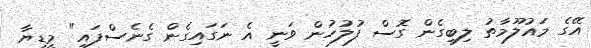
އޭގެ މައުލޫމާތު ލިބިގެން ގޮސް ފުލުހުން ވަނީ އެ ނަގައިގެން ގެނެސްފައި" މީޑިޔާ